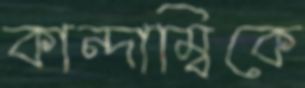
কান্দাম্বিকে